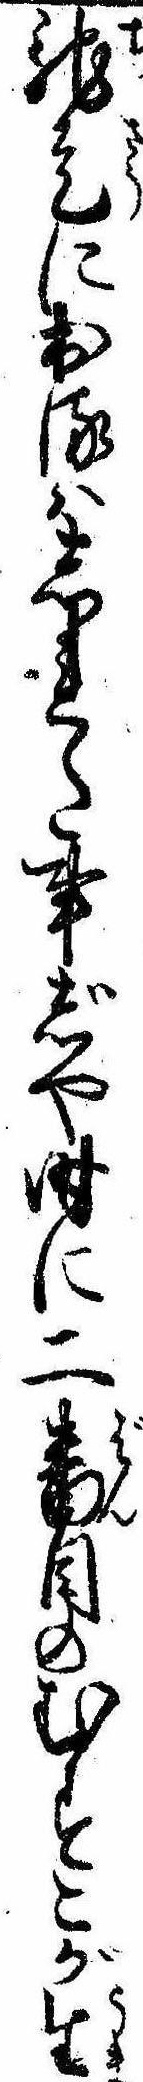
馳走に出るはしれた事じや時に二番目のむすこが生